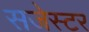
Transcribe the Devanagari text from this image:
सजेस्टर